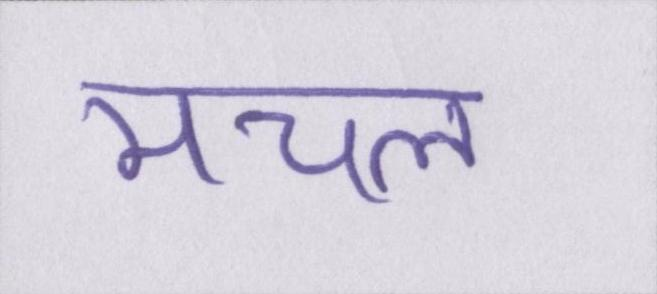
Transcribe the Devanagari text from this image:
मचल